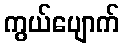
ကွယ်ပျောက်